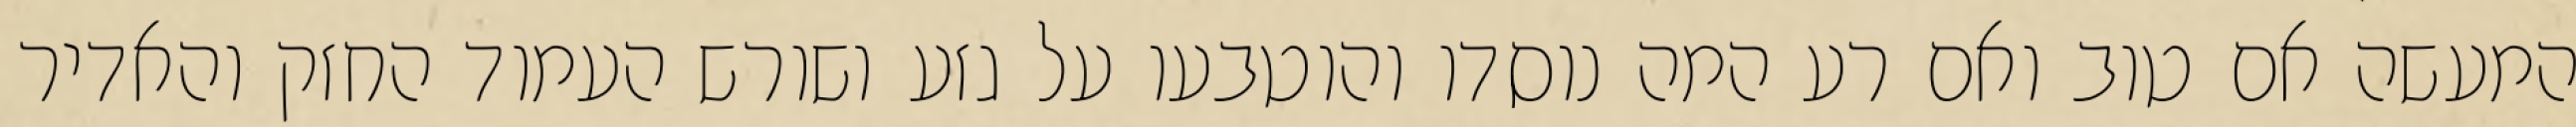
המעשה אם טוב ואם רע המה נוסדו והוטבעו על גזע ושורש העמוד החזק והאדיר